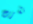
نشرت